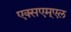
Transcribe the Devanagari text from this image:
एक्सएम्एल